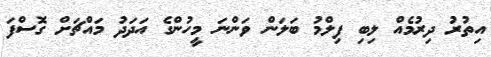
އިތުރު ދިރުމެއް ލިބި ފިލްމު ބަލަން ވަންނަ މީހުންގެ އަދަދު މައްޗަށް ގޮސްފަ